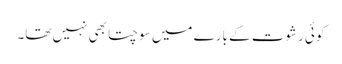
کوئی رشوت کے بارے میں سوچتا بھی نہیں تھا۔